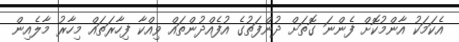
އެކަމަކު އާންމުކޮށް ފެންނަ ގޮތަށް ދުންފަތުގެ އުފެއްދުންތައް ވިއްކާ ފިހާރަތައް މިހާރު މާލެއިން